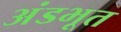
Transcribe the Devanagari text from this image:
अंडभूत